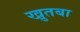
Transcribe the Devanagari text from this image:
खु़तबा